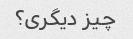
چیز دیگری؟